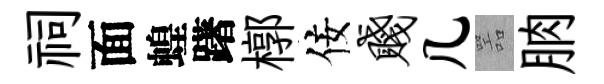
祠面蝗躇槨佞贱几噐朒